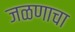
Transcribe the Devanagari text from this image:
जळणाचा